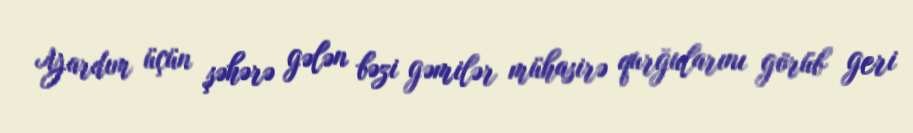
Yardım üçün şəhərə gələn bəzi gəmilər mühasirə qurğularını görüb geri